system: You are a helpful assistant.
user:
Analyze the provided spectrum to determine if it is a **S-type Star**.

- **Key Indicators for S-type Star:**

    - **(Overall Spectrum Shape):** The first and most obvious characteristic is the overall continuum (the "baseline" shape). It is **extremely "red-sloping,"** meaning the flux (light intensity) is very low on the left side (blue, ~4000-4500 Å) and rises steeply and continuously toward the right side (red, ~7000 Å+).

    - **(Primary):** The spectrum is defined by the presence of strong, broad molecular absorption "valleys" (bands) from **Zirconium Oxide (ZrO)**. The identification of these bands is the **primary requirement** for classifying a star as S-type.
        - **(Key Bandheads):** You must find distinct, deep "dips" where the light has been absorbed. The most critical band systems to locate are:
            - **~6474 Å** ($\gamma$-system): This is often the strongest and clearest ZrO feature, found in the red part of the spectrum.
            - **~5718 Å** & **~5551 Å** ($\beta$-system): A pair of prominent absorption features in the yellow-orange part of the spectrum.
            - **~4640 Å** ($\alpha$-system): A key absorption band system in the blue-green region of the spectrum.

    - **(Secondary Confirmation):** The classification is strengthened by finding additional absorption bands from other related heavy element oxides, which are expected to be present alongside ZrO.
        - **(Key Bandheads):**
            - **Yttrium Oxide (YO):** Look for absorption dips near **~4800 Å** and **~6100 Å**.
            - **Lanthanum Oxide (LaO):** Additional absorption features, particularly in the red-orange part of the spectrum, are also characteristic.

    - **(Line Profile):** The combination of the steep red continuum and these numerous, deep molecular bands (ZrO, YO, etc.) gives the entire spectrum a very **"chopped-up"** or **"bumpy"** appearance. Instead of a smooth curve, the spectrum looks as though large, wide chunks of light have been "carved out" of it at the specific wavelengths listed above.

Think first, call **spectral_visualization_tool** if needed to examine features in detail, then provide your final answer. Your response must adhere to the following strict rules:
1.  **Overall Structure:** Your response must follow the format `<think>...</think> <tool_call>...</tool_call> (if a tool is used) <answer>...</answer>`.
2.  **Tool Usage Constraint:** You may only make **one** tool call per turn.
3.  **Final Answer Format:** In the `<answer>` tag, your conclusion must be inside a `\boxed{}` command (e.g., `\boxed{YES}` or `\boxed{NO}`), followed by your justification.

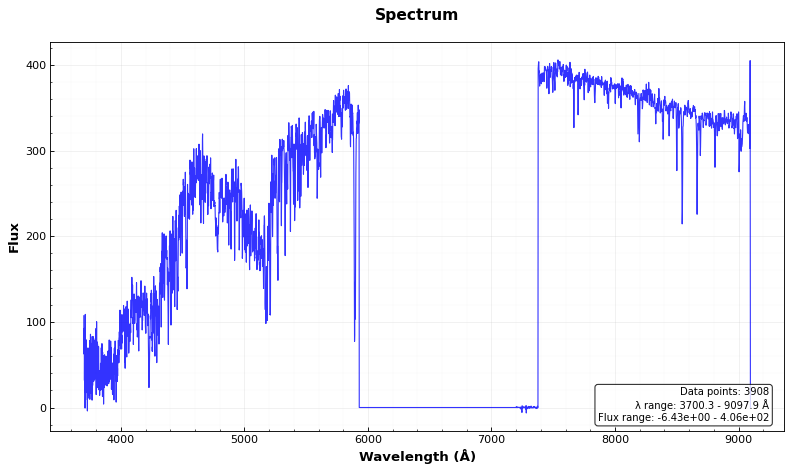
Answer: NO